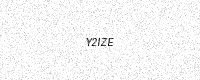
Text: Y2IZE